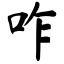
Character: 咋